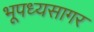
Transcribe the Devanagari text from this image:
भूपध्यसागर